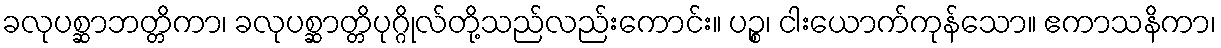
ခလုပစ္ဆာဘတ္တိကာ၊ ခလုပစ္ဆာတ္တိပုဂ္ဂိုလ်တို့သည်လည်းကောင်း။ ပဉ္စ၊ ငါးယောက်ကုန်သော။ ဧကာသနိကာ၊